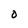
Character: 0